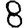
Digit: 8